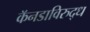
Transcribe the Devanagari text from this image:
कॅनडाविरुद्ध